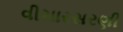
વીચારસરણી